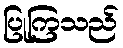
ပြုကြသည်